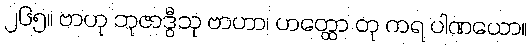
၂၆၅။ ဗာဟု ဘုဇာဒွီသု ဗာဟာ၊ ဟတ္ထော တု ကရ ပါဏယော။